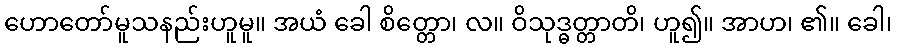
ဟောတော်မူသနည်းဟူမူ။ အယံ ခေါ စိတ္တော၊ လ။ ဝိသုဒ္ဓတ္တာတိ၊ ဟူ၍။ အာဟ၊ ၏။ ခေါ၊